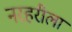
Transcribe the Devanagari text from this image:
नरहरीला